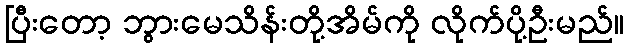
ပြီးတော့ ဘွားမေသိန်းတို့အိမ်ကို လိုက်ပို့ဦးမည်။